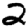
Digit: 2